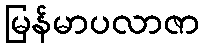
မြန်မာပလာဇာ